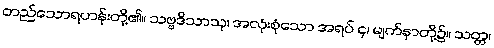
တည်သောရဟန်းတို့၏။ သဗ္ဗဒိသာသု၊ အလုံးစုံသော အရပ် ၄၊ မျက်နှာတို့၌။ သတ္တ၊